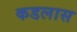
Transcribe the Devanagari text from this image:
कडलास